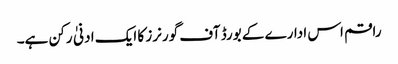
راقم اس ادارے کے بورڈ آف گورنرز کا ایک ادنیٰ رکن ہے۔